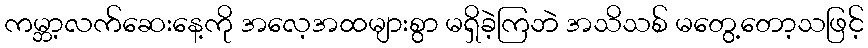
ကမ္ဘာ့လက်ဆေးနေ့ကို အလေ့အထများစွာ မရှိခဲ့ကြဘဲ အသိသစ် မတွေ့တော့သဖြင့်